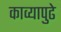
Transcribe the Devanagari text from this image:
काव्यापुढे